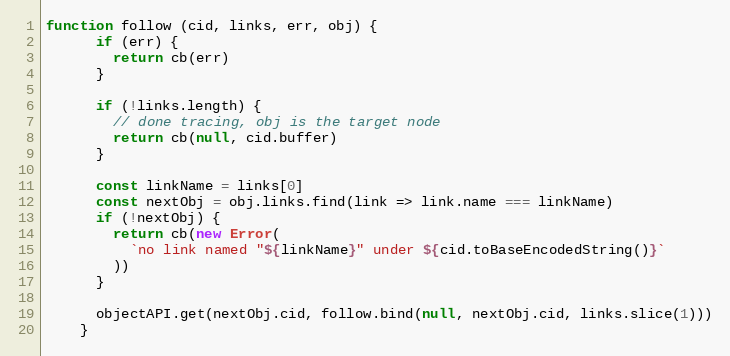
Language: JavaScript
function follow (cid, links, err, obj) {
      if (err) {
        return cb(err)
      }

      if (!links.length) {
        // done tracing, obj is the target node
        return cb(null, cid.buffer)
      }

      const linkName = links[0]
      const nextObj = obj.links.find(link => link.name === linkName)
      if (!nextObj) {
        return cb(new Error(
          `no link named "${linkName}" under ${cid.toBaseEncodedString()}`
        ))
      }

      objectAPI.get(nextObj.cid, follow.bind(null, nextObj.cid, links.slice(1)))
    }